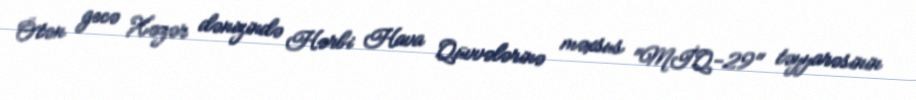
Ötən gecə Xəzər dənizində Hərbi Hava Qüvvələrinə məxsus "MİQ-29" təyyarəsinin